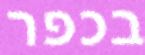
בכפר